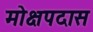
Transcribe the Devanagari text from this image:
मोक्षपदास